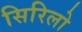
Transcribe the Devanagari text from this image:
सिरिलो